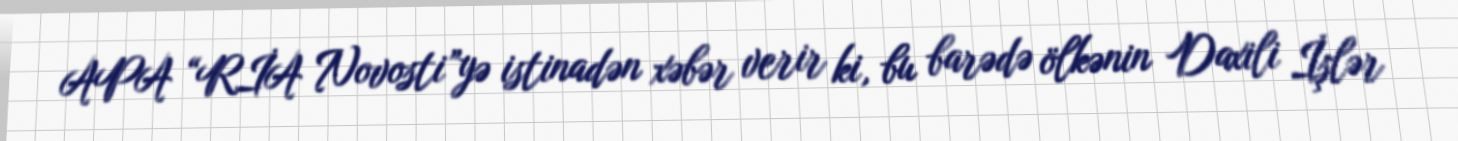
APA “RİA Novosti”yə istinadən xəbər verir ki, bu barədə ölkənin Daxili İşlər